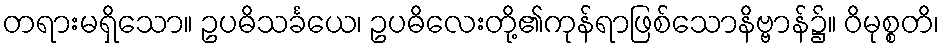
တရားမရှိသော။ ဥပဓိသင်္ခယေ၊ ဥပဓိလေးတို့၏ကုန်ရာဖြစ်သောနိဗ္ဗာန်၌။ ဝိမုစ္စတိ၊